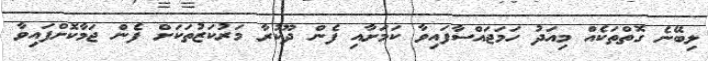
ލިބޭނެ ގޮތްތަކެއް މިއަދު ހަމަޖައްސާފައިވާ ކަމަށާއި ފެން ދޫކުރާ މަރުކަޒުތަކަށް ފެން ޖަމާކޮށްފައިވާ